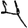
Digit: 4